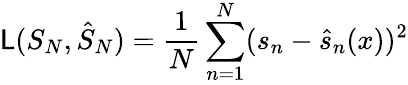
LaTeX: \mathsf{L}(S_{N},\hat{{S}}_{N})=\frac{{1}}{{N}}\sum_{n=1}^{N}(s_{n}-\hat{{s}}_{n}(x))^{2}